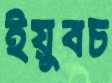
ইয়ুবচ